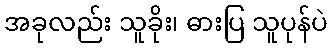
အခုလည်း သူခိုး၊ ဓားပြ သူပုန်ပဲ